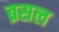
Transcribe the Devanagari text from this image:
ब्रसल